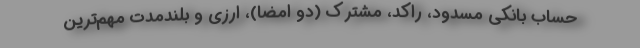
حساب بانکی مسدود، راکد، مشترک (دو امضا)، ارزی و بلندمدت مهم‌ترین